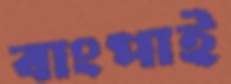
বাংপাই